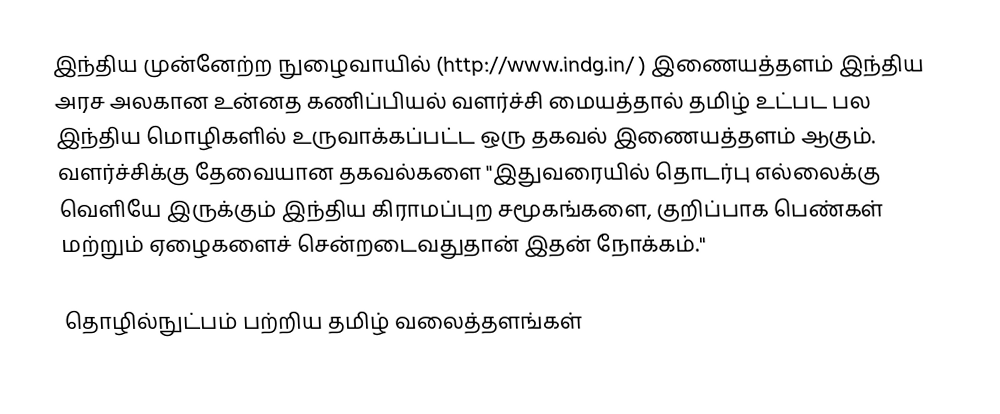
இந்திய முன்னேற்ற நுழைவாயில் (http://www.indg.in/ ) இணையத்தளம் இந்திய அரச அலகான உன்னத கணிப்பியல் வளர்ச்சி மையத்தால் தமிழ் உட்பட பல இந்திய மொழிகளில் உருவாக்கப்பட்ட ஒரு தகவல் இணையத்தளம் ஆகும்.  வளர்ச்சிக்கு தேவையான தகவல்களை "இதுவரையில் தொடர்பு எல்லைக்கு வெளியே இருக்கும் இந்திய கிராமப்புற சமூகங்களை, குறிப்பாக பெண்கள் மற்றும் ஏழைகளைச் சென்றடைவதுதான் இதன் நோக்கம்."

தொழில்நுட்பம் பற்றிய தமிழ் வலைத்தளங்கள்